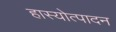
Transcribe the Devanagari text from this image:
हास्योत्पादन